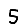
Digit: 5